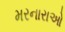
મરનારાઓ